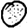
Digit: 0